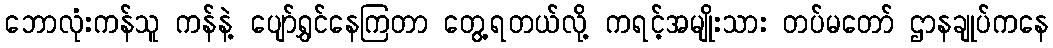
ဘောလုံးကန်သူ ကန်နဲ့ ပျော်ရွှင်နေကြတာ တွေ့ရတယ်လို့ ကရင့်အမျိုးသား တပ်မတော် ဌာနချုပ်ကနေ